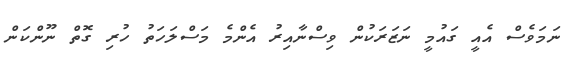
ނަމަވެސް އެއީ ގައުމީ ނަޒަރަކުން ވިސްނާއިރު އެންމެ މަސްލަހަތު ހުރި ގޮތް ނޫންކަން